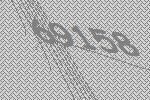
69158